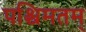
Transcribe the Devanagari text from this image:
पश्चिमतम्